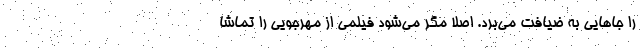
را جاهایی به ضیافت می‌برد. اصلا مگر می‌شود فیلمی از مهرجویی را تماشا